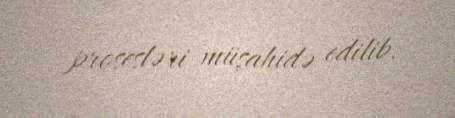
prosesləri müşahidə edilib.